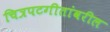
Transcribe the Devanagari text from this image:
चित्रपटगीतांवरील